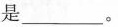
是___。